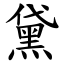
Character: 黛